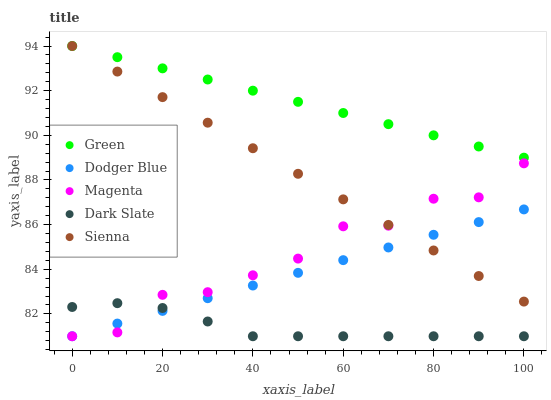
| xaxis_label | Green | Dodger Blue | Magenta | Dark Slate | Sienna |
 | --- | --- | --- | --- | --- | --- |
 | 0 | 94 | 81 | 81 | 82.3 | 94 |
 | 10 | 93.5 | 81.6 | 81.2 | 82.5 | 92.9 |
 | 20 | 93 | 82.1 | 82.9 | 82.3 | 91.7 |
 | 30 | 92.5 | 82.7 | 83 | 81.7 | 90.6 |
 | 40 | 92 | 83.3 | 83.7 | 81 | 89.4 |
 | 50 | 91.5 | 83.8 | 84.5 | 81 | 88.3 |
 | 60 | 91 | 84.4 | 85.9 | 81 | 87.1 |
 | 70 | 90.5 | 85 | 86 | 81 | 86 |
 | 80 | 90 | 85.5 | 87.2 | 81 | 84.8 |
 | 90 | 89.5 | 86.1 | 87.2 | 81 | 83.7 |
 | 100 | 89 | 86.7 | 88.7 | 81 | 82.6 |